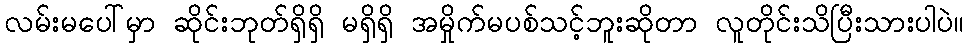
လမ်းမပေါ်မှာ ဆိုင်းဘုတ်ရှိရှိ မရှိရှိ အမှိုက်မပစ်သင့်ဘူးဆိုတာ လူတိုင်းသိပြီးသားပါပဲ။